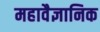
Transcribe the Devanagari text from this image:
महावैज्ञानिक